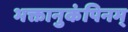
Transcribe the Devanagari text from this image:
भक्तानुकंपिनम्